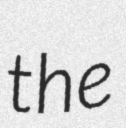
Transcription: the